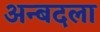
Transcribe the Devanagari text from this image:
अन्बदला